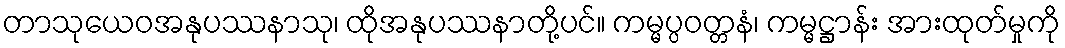
တာသုယေဝအနုပဿနာသု၊ ထိုအနုပဿနာတို့ပင်။ ကမ္မပ္ပဝတ္တနံ၊ ကမ္မဋ္ဌာန်း အားထုတ်မှုကို